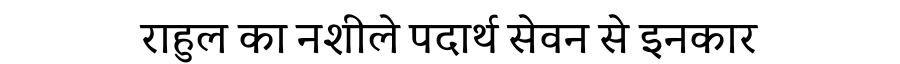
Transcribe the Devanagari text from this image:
राहुल का नशीले पदार्थ सेवन से इनकार